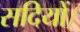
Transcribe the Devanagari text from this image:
सदियों।